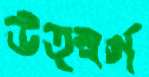
উত্স্বর্গ